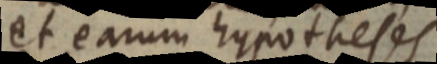
et earum hypotheses